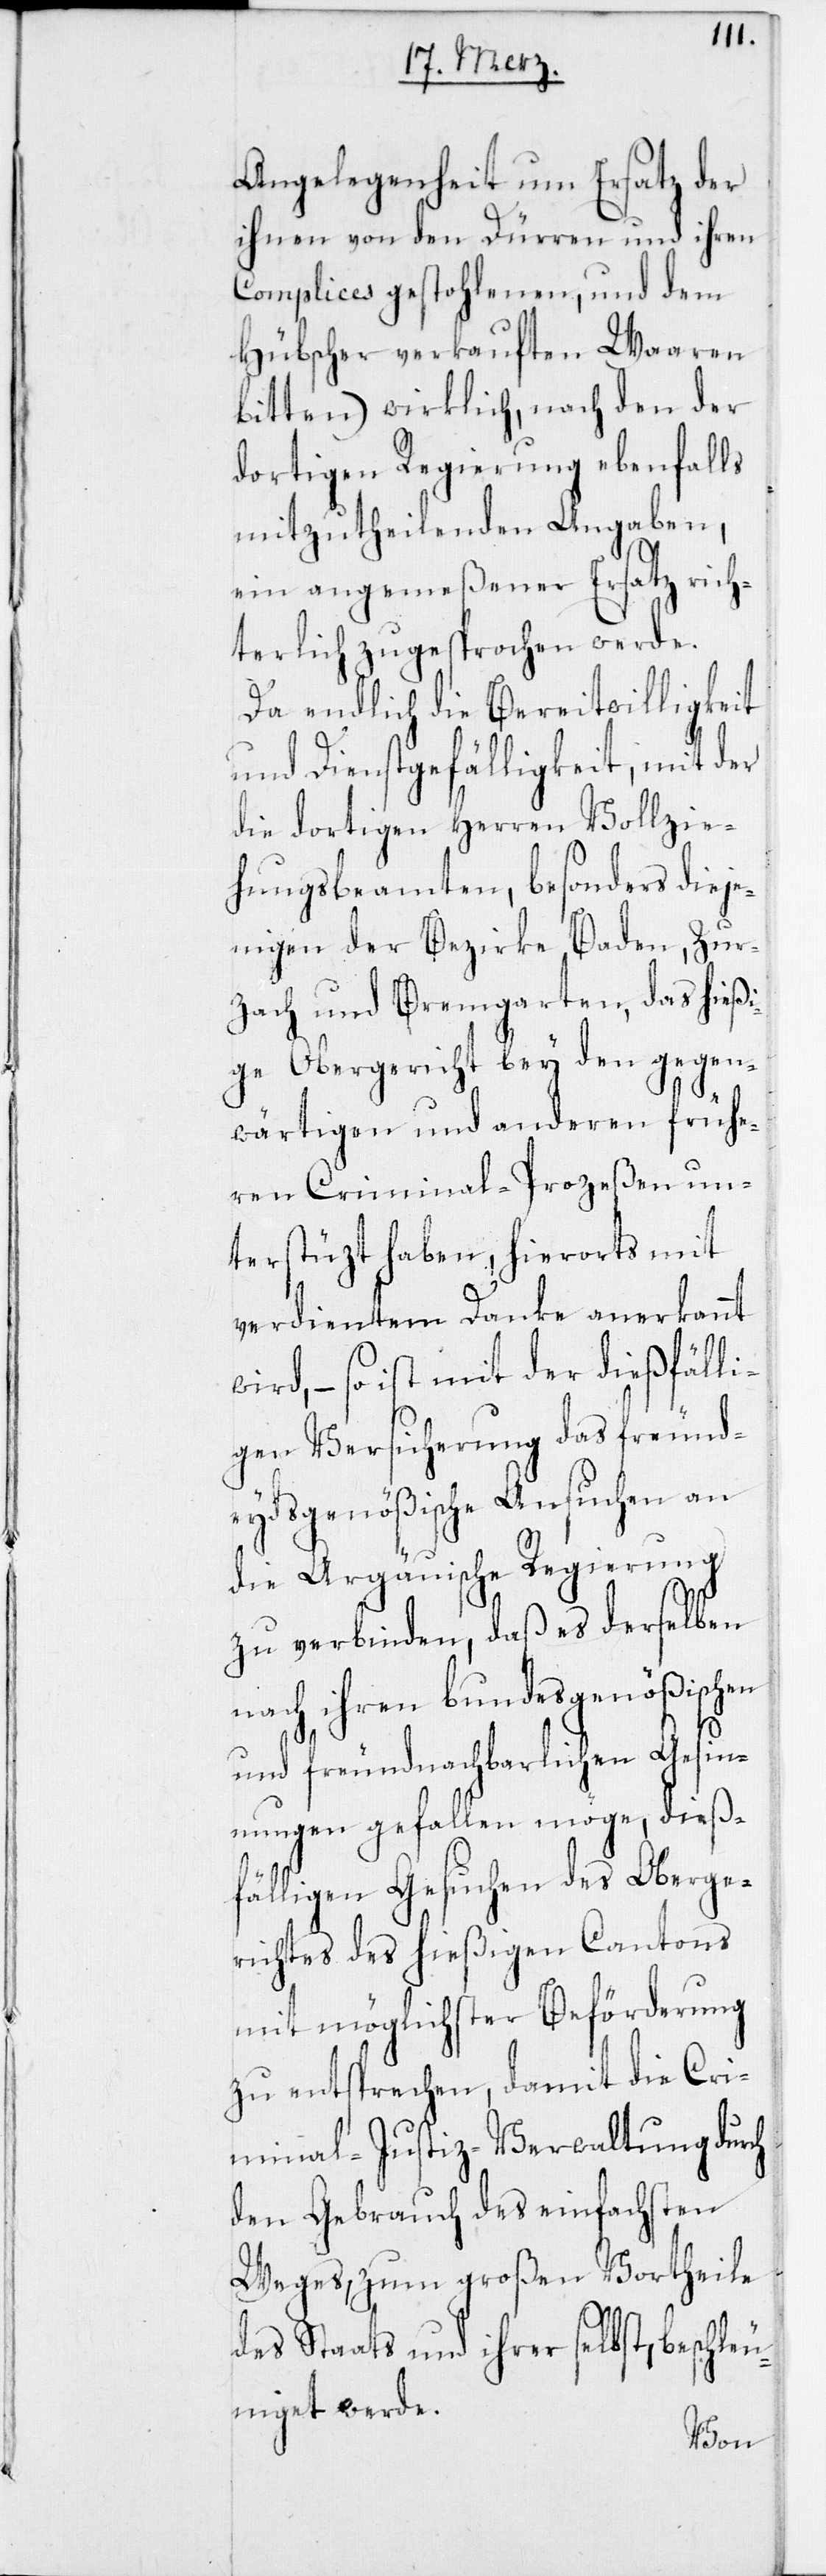
Angelegenheit um Ersatz der
ihnen von den Dürren und ihren
Complices gestohlenen, und dem
Hübscher verkauften Waaren
bitten) wirklich, nach den der
dortigen Regierung ebenfalls
mitzutheilenden Angaben,
ein angemeßener Ersatz rich¬
terlich zugesprochen werde.
Da endlich die Bereitwilligkeit
und Dienstgefälligkeit, mit der
die dortigen Herren Vollzie¬
hungsbeamten, besonders dieje¬
nigen der Bezirke Baden, Zur¬
zach und Bremgarten, das hießi¬
ge Obergericht bey den gegen¬
wärtigen und anderen frühe¬
ren Criminal-Prozeßen un¬
terstüzt haben, hierorts mit
verdientem Danke anerkannt
wird, – so ist mit der dießfälli¬
gen Versicherung das freund¬
eydsgenößische Ansuchen an
die Argäuische Regierung
zu verbinden, daß es derselben
nach ihrer bundesgenößischen
und freundnachbarlichen Gesin¬
nungen gefallen möge, dieß¬
fälligen Gesuchen des Oberge¬
richtes des hießigen Cantons
mit möglichster Beförderung
zu entsprechen, damit die Cri¬
minal-Justiz-Verwaltung durch
den Gebrauch des einfachsten
Weges, zum großen Vortheile
des Staats und ihrer selbst, beschleu¬
niget werde.